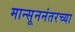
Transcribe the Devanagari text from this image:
मान्सूननंतरच्या